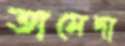
তামেদা